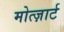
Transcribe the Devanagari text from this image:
मोत्ज़ार्ट